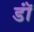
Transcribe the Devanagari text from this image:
डॉं